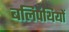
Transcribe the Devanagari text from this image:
बलिपंथियों